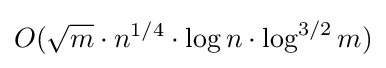
O({\sqrt {m}}\cdot n^{1/4}\cdot \log n\cdot \log ^{3/2}m)